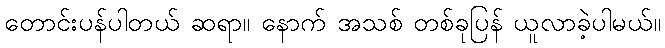
တောင်းပန်ပါတယ် ဆရာ။ နောက် အသစ် တစ်ခုပြန် ယူလာခဲ့ပါမယ်။